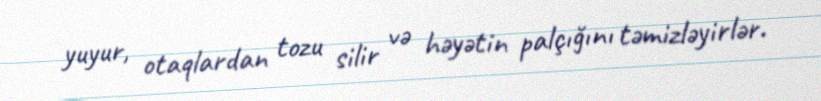
yuyur, otaqlardan tozu silir və həyətin palçığını təmizləyirlər.